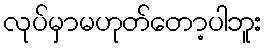
လုပ်မှာမဟုတ်တော့ပါဘူး